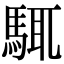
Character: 𩣘